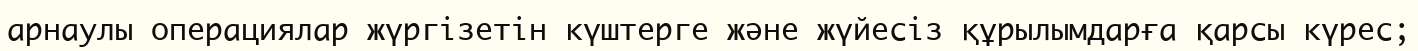
арнаулы операциялар жүргізетін күштерге және жүйесіз құрылымдарға қарсы күрес;